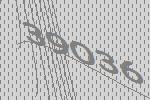
39036